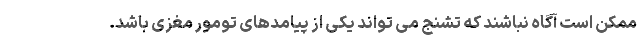
ممکن است آگاه نباشند که تشنج می تواند یکی از پیامدهای تومور مغزی باشد.